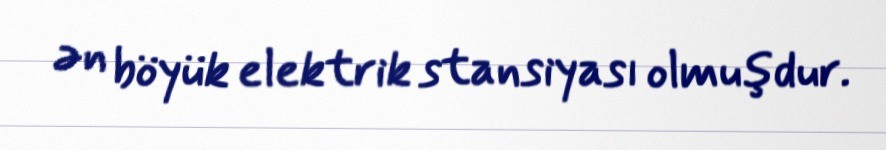
ən böyük elektrik stansiyası olmuşdur.